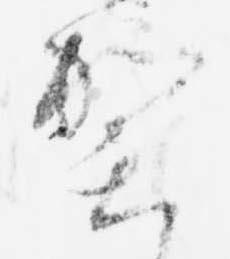
賀